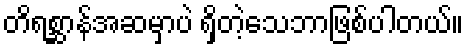
တိရစ္ဆာန်အဆမှာပဲ ရှိတဲ့သေဘာဖြစ်ပါတယ်။